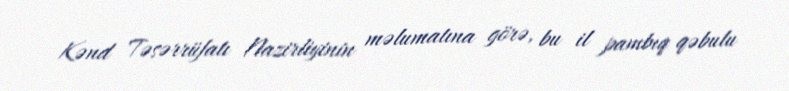
Kənd Təsərrüfatı Nazirliyinin məlumatına görə, bu il pambıq qəbulu